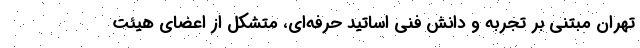
تهران مبتنی بر تجربه و دانش فنی اساتید حرفه‌ای، متشکل از اعضای هیئت